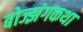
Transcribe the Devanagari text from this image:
बोज्झंगकथा